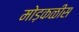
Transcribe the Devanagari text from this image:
मोड़कळीस